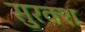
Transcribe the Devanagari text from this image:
सुरक्श